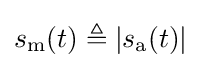
s_{\mathrm {m} }(t)\triangleq |s_{\mathrm {a} }(t)|